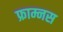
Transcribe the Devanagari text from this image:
फ्राम्नस